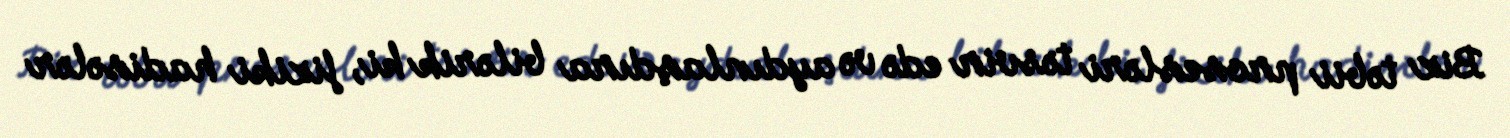
Biz təbii prosesləri təsvir edə və aydınlaşdıra bilərik ki, fiziki hadisələr